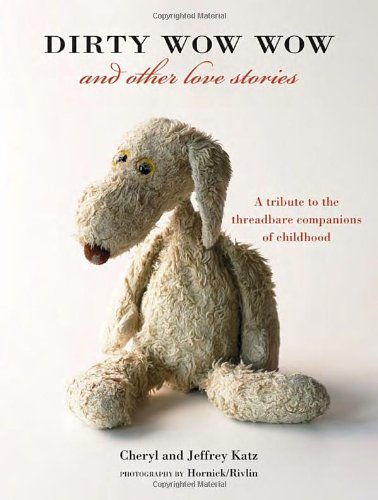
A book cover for Dirty Wow Wow and Other Love Stories: A Tribute to the Threadbare Companions of Childhood; Cheryl Katz; Arts & Photography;